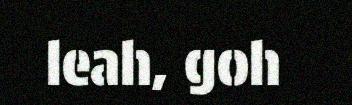
leah, goh